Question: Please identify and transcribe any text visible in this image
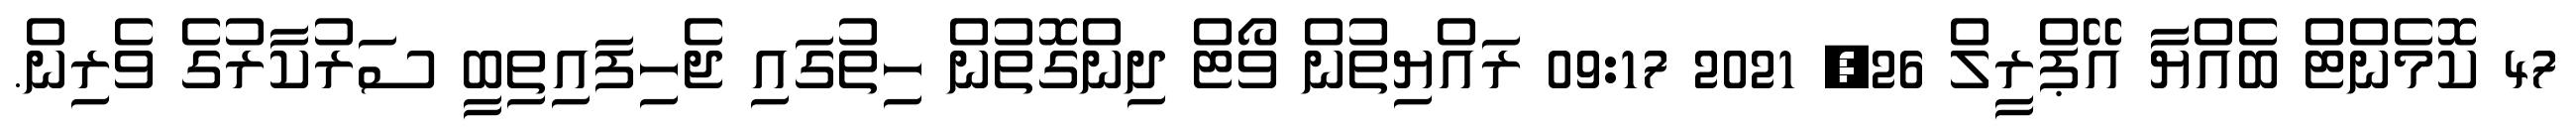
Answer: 47 ކޮމެންޓް ބެއްޔާ އޭޕްރީލް 26, 2021 09:17 ރައްޔިތުން ވޯޓް ދިންގޮތުން ހިތުގައި ޖެހިފައިތިބީ ސަރުކާރުގެ ވެރިން.